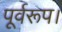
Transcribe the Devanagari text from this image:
पूर्वरूप।